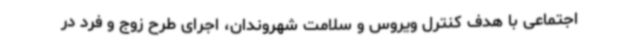
اجتماعی با هدف کنترل ویروس و سلامت شهروندان، اجرای طرح زوج و فرد در